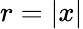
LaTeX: r=|x|